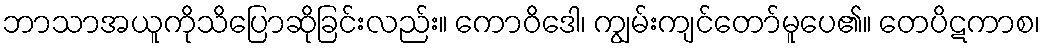
ဘာသာအယူကိုသိပြောဆိုခြင်းလည်း။ ကောဝိဒေါ၊ ကျွမ်းကျင်တော်မူပေ၏။ တေပိဋကာစ၊